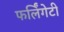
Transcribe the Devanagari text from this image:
फर्लिंगेटी